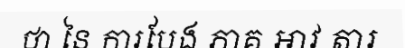
ថា នៃ ការបែង ភាគ អាវ តារ